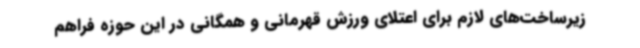
زیرساخت‌های لازم برای اعتلای ورزش قهرمانی و همگانی در این حوزه فراهم